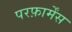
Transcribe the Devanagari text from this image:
परफ़ार्मेंस